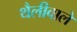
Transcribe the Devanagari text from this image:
थैलीवाले